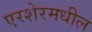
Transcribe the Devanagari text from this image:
एरशेरमधील